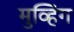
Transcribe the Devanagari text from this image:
मुव्हिंग